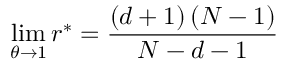
\operatorname* { l i m } _ { \theta \rightarrow 1 } r ^ { \ast } = \frac { \left( d + 1 \right) \left( N - 1 \right) } { N - d - 1 }